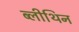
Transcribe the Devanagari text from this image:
ब्लीथिन